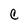
Character: C